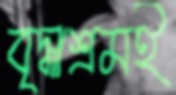
বৃদ্ধাশ্রমই